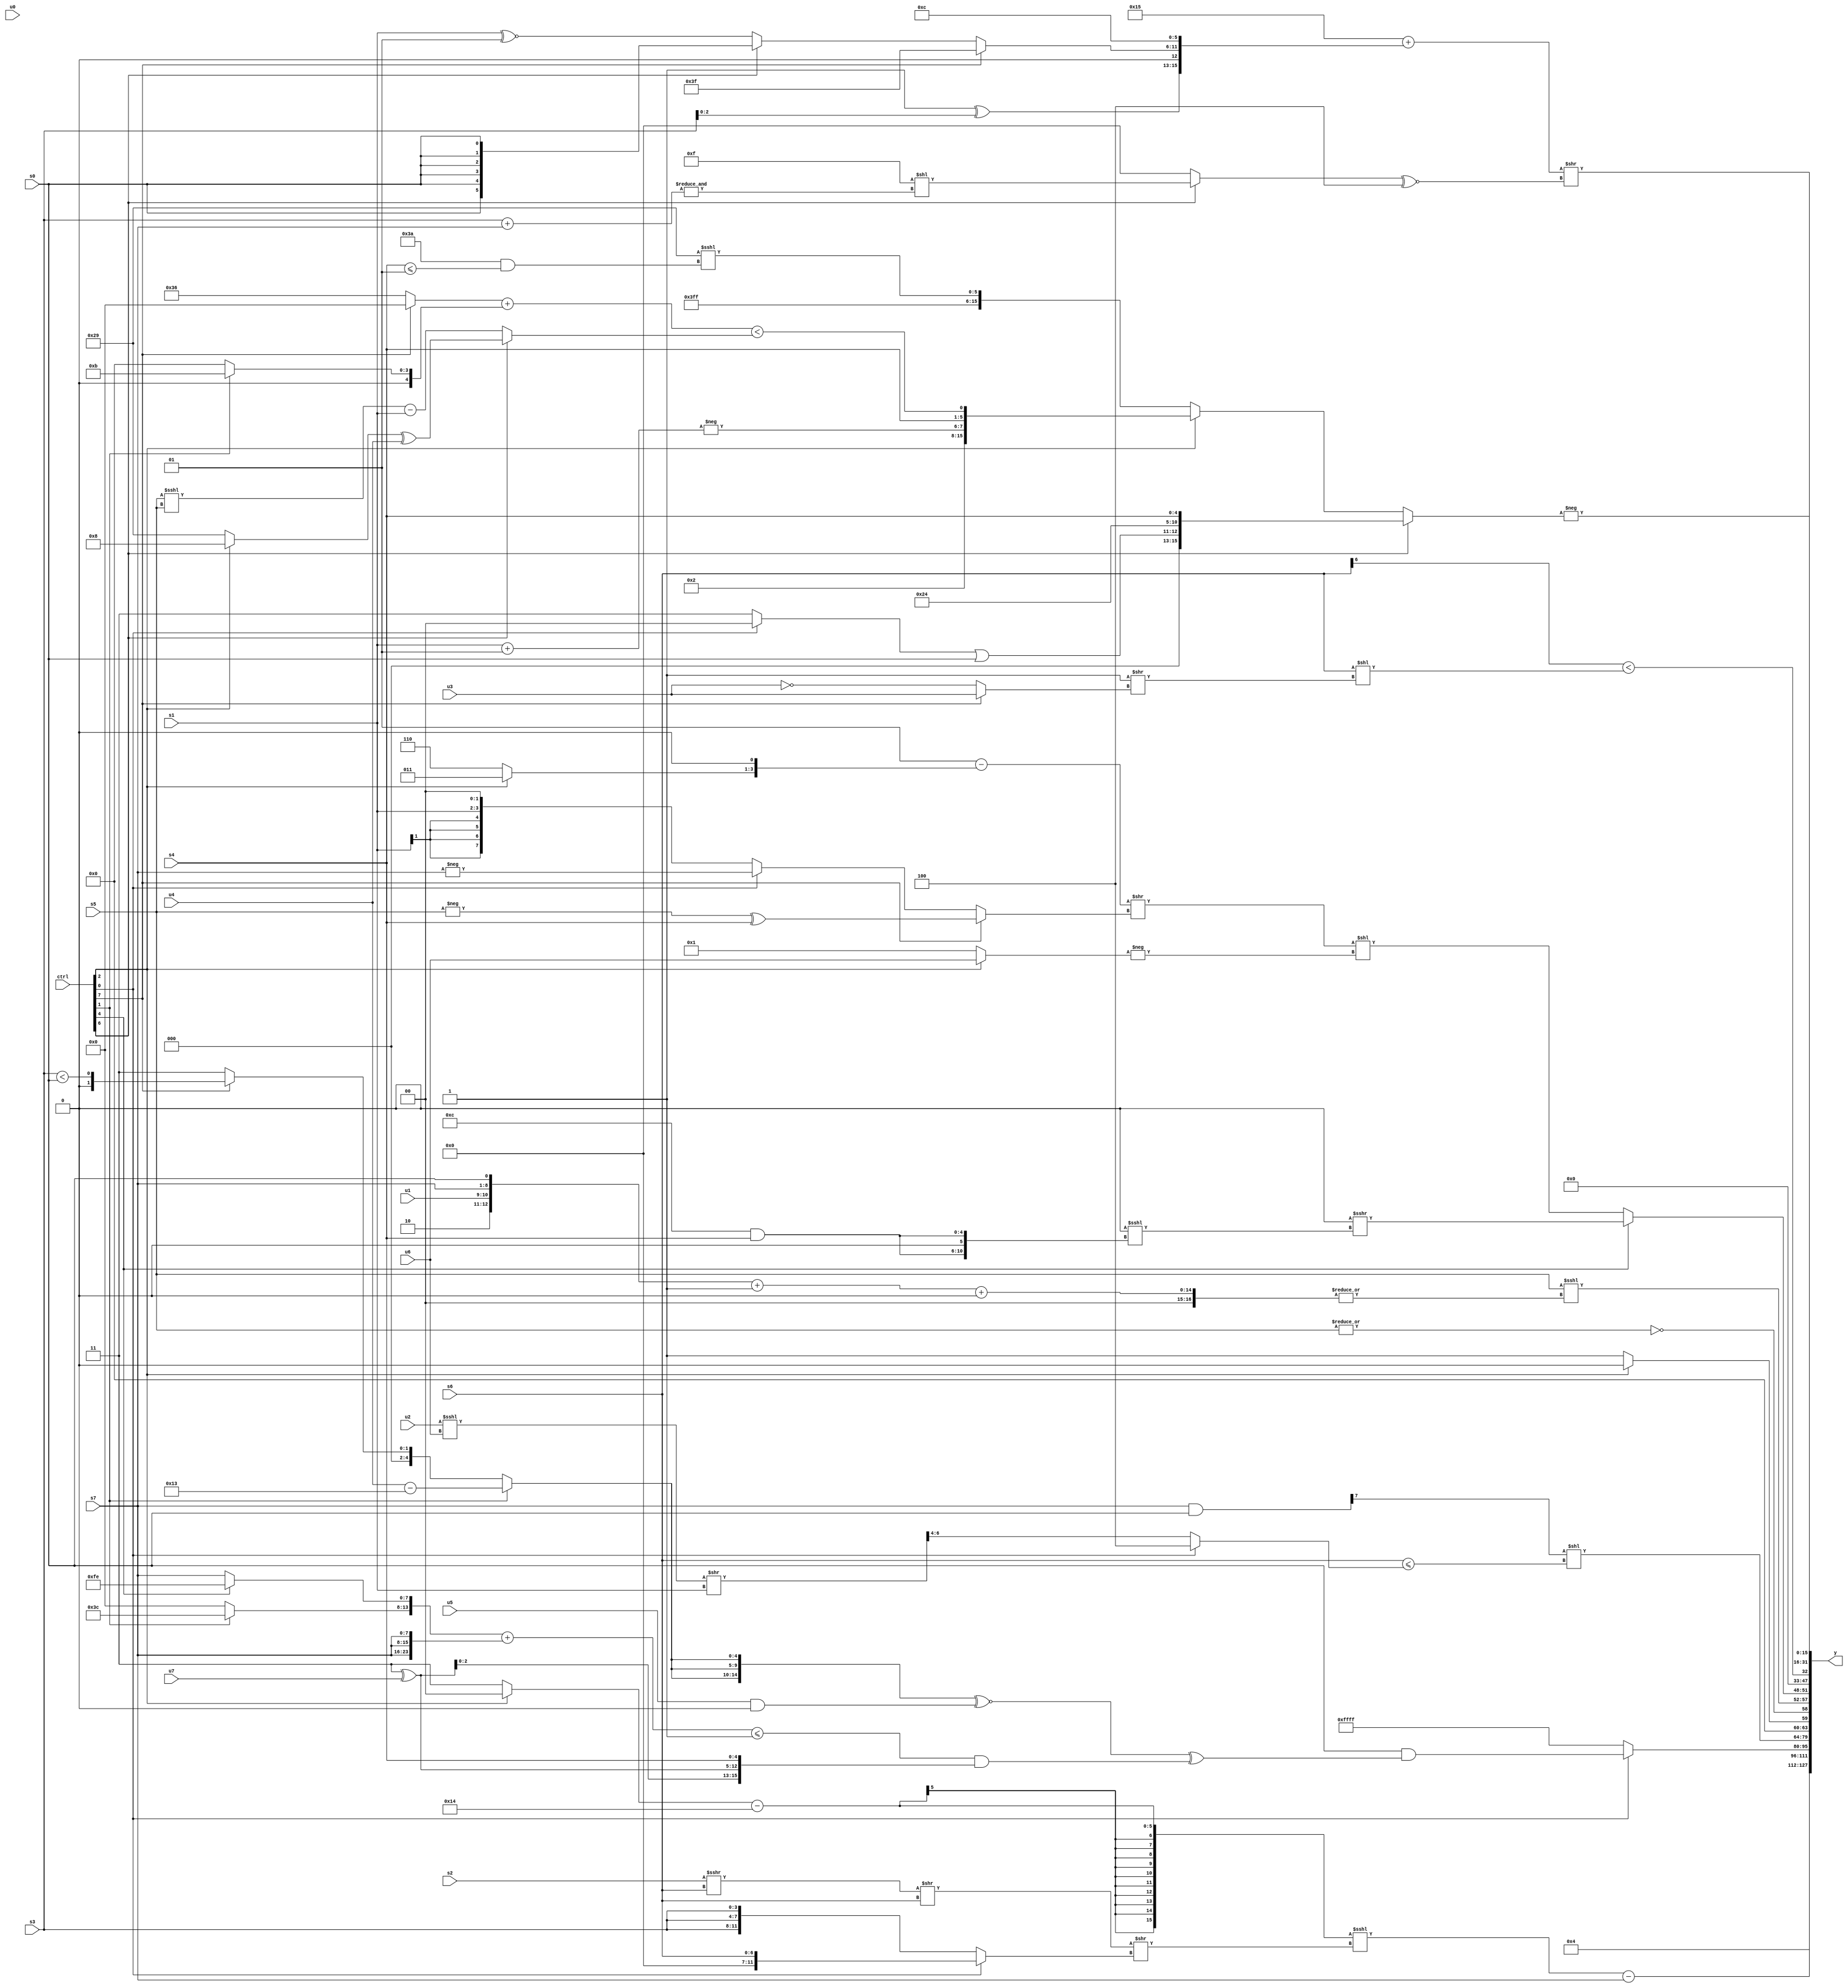
module wideexpr_00988(ctrl, u0, u1, u2, u3, u4, u5, u6, u7, s0, s1, s2, s3, s4, s5, s6, s7, y);
  input [7:0] ctrl;
  input [0:0] u0;
  input [1:0] u1;
  input [2:0] u2;
  input [3:0] u3;
  input [4:0] u4;
  input [5:0] u5;
  input [6:0] u6;
  input [7:0] u7;
  input signed [0:0] s0;
  input signed [1:0] s1;
  input signed [2:0] s2;
  input signed [3:0] s3;
  input signed [4:0] s4;
  input signed [5:0] s5;
  input signed [6:0] s6;
  input signed [7:0] s7;
  output [127:0] y;
  wire [15:0] y0;
  wire [15:0] y1;
  wire [15:0] y2;
  wire [15:0] y3;
  wire [15:0] y4;
  wire [15:0] y5;
  wire [15:0] y6;
  wire [15:0] y7;
  assign y = {y0,y1,y2,y3,y4,y5,y6,y7};
  assign y0 = 4'b0100;
  assign y1 = ((((ctrl[2]?-(-(2'b00)):4'sb0011))-(+($signed(6'b010100))))<<<(($signed(((s2)>>>(s6))>>((s6)<<(1'sb0))))>>((ctrl[0]?s6:{3{s3}}))))-(s7);
  assign y2 = (ctrl[0]?($signed(s0))&((($signed({3{(ctrl[1]?(u4)-(~(4'sb1100)):(ctrl[7]?(s3)<(s0):2'sb11))}}))^~($signed((u5)&((5'sb11000)&(!($signed(5'sb01101)))))))^($signed(((({(ctrl[1]?6'sb111100:1'sb0),(ctrl[4]?2'sb10:s7)})+($unsigned({3{s7}})))<=(2'b01))&({{2{(3'b011)^(u7)}},s4})))):1'sb1);
  assign y3 = ($signed(((s7)&(s0))>>>(6'sb110100)))<<((s6)<=((ctrl[0]?3'sb100:((ctrl[0]?+(+($signed((4'sb1001)^~(6'sb111000)))):(ctrl[0]?s1:+(((u2)<<<(u6))>>($unsigned(s1))))))>>>(5'sb00100))));
  assign y4 = {((ctrl[6]?4'sb1100:($signed(s7))<<(s4)))|($signed(s5)),(ctrl[6]?s2:6'sb101101),{5'sb00000,1'sb1,+($signed(6'sb000111))},{(ctrl[2]?{4{{(6'sb110101)>>(4'sb1010)}}}:2'sb01),~|($unsigned($unsigned(s5))),(s5)<<<(|((+($unsigned(({6'sb000010,u1,s7,s0})+((6'b101000)>(3'sb011)))))+((s3)>>((1'sb0)^~((+(s3))>>(5'sb00100)))))),(ctrl[4]?(4'sb0000)>>>(((+($signed(u1)))<<<(3'sb101))<<<({2{$unsigned((-(6'b110100))&(s4))}})):+((((3'sb001)-(((ctrl[2]?4'sb1011:3'sb110))<<(2'b01)))>>((ctrl[7]?(-(s5))^(s4):(ctrl[0]?-(s7):(s1)<<(5'b00010)))))<<($signed($unsigned(-((ctrl[2]?u6:2'b01)))))))}};
  assign y5 = ((s6)>>>(4'b1111))<((s6)<<(($signed(2'sb11))>>((ctrl[7]?u3:~(u3)))));
  assign y6 = ((6'b010101)+(({{((1'sb1)^(s3))<<(+(1'sb1))},(ctrl[7]?(+(6'sb000000))-(2'sb01):(ctrl[6]?+(s0):(s1)^~(2'sb01))),+(((s1)<<(5'sb10011))^((s0)>>(6'sb111001))),-(4'sb0100)})<<($unsigned(1'sb0))))>>(((ctrl[6]?(4'sb1111)<<(&((s3)+(s7))):5'sb00000))^~((+($unsigned($signed(+(1'sb0)))))|(4'sb0100)));
  assign y7 = $signed(-((ctrl[6]?{((ctrl[0]?$signed(1'sb0):(2'sb11)>>>($signed((1'sb0)>>(5'b01100)))))|(s0),6'b100100,s4}:(ctrl[2]?{3'sb010,$signed(-(($signed(s1))+($signed(2'sb01)))),$unsigned(s4),(((ctrl[7]?1'sb0:6'sb110110))+((ctrl[1]?5'sb01011:(1'sb0)+(2'sb00))))<((ctrl[6]?((ctrl[2]?5'sb01000:6'sb101001))^($signed(u4)):((s5)<<<(s5))-(s1)))}:$unsigned({{((5'sb00010)<<<(5'sb11110))^((s1)+(1'sb0)),-({s1,1'sb0,s0,4'sb1100})},{2{$signed((6'sb100011)>>>(4'sb1011))}},($signed((6'sb010011)+(6'sb010110)))<<<(($unsigned(6'sb111010))&((s4)<=(3'sb001)))})))));
endmodule